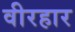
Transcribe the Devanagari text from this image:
वीरहार